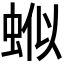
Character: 𬠊